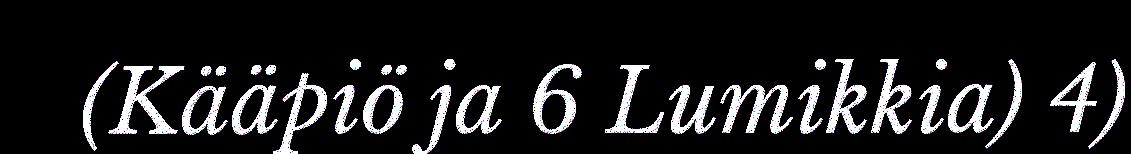
(Kääpiö ja 6 Lumikkia) 4)